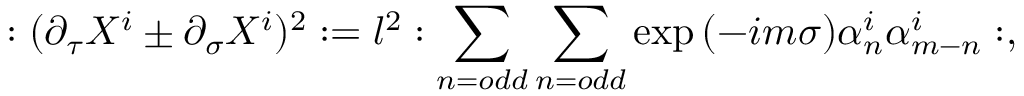
: ( \partial _ { \tau } X ^ { i } \pm \partial _ { \sigma } X ^ { i } ) ^ { 2 } : = l ^ { 2 } : \sum _ { n = o d d } \sum _ { n = o d d } \exp { ( - i m \sigma ) } \alpha _ { n } ^ { i } \alpha _ { m - n } ^ { i } : ,